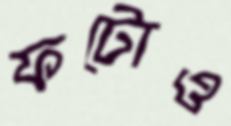
ফটোও